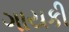
ગાયકી